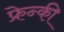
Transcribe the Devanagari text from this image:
फ्रेन्की